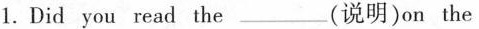
1.Did you read the ___ (说明)on the